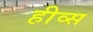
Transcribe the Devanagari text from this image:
हीव्स